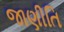
જાણીતિ